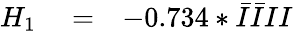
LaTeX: \begin{array}{rlr}{H_{1}}&{{}=}&{-0.734*\bar{I}\bar{I}II}\end{array}